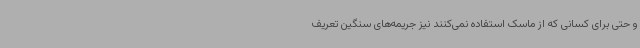
و حتی برای کسانی که از ماسک استفاده نمی‌کنند نیز جریمه‌های سنگین تعریف